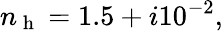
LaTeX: n_{\mathrm{~h~}}=1.5+i10^{-2},